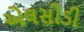
એલસીડી